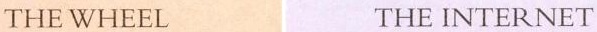
HE WHEEL THE INTERNET